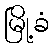
မြို့ခံ